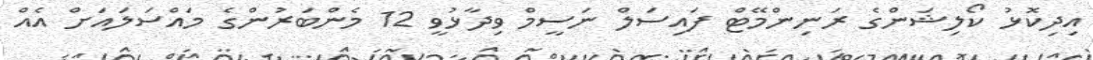
އިދިކޮޅު ކޯލިޝަންގެ ރަނިންމޭޓް ފައިސަލް ނަސީމް ވިދާޅުވީ 12 މެންބަރުންގެ މައްސަލައަށް އެއް